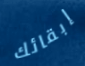
إبقائك